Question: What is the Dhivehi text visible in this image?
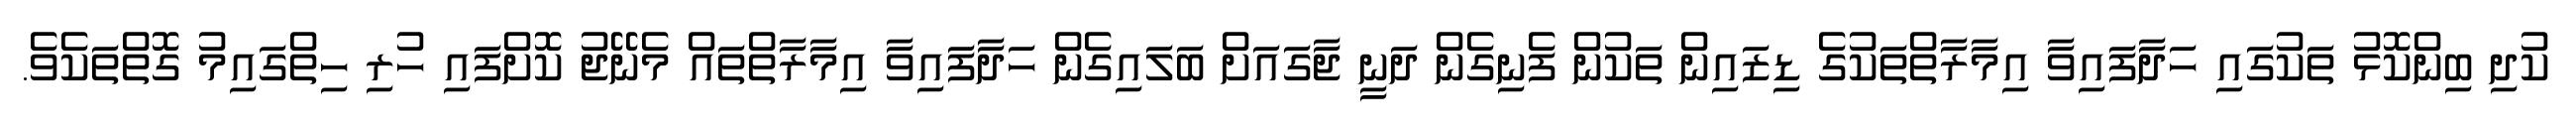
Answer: ކުދި ބިންކޮޅު ތަކުގައި ހަދާފައިވާ އިމާރާތްތަކުގެ ޑިޒައިން ތަކުން ފެނިގެން ދަނީ ޖާގައަށް ބަލައިގެން ހަދާފައިވާ އިމާރާތްތައް މެނޭޖު ކޮށްފައި ހުރި ހިތްގައިމު ގޮތްތަކެވެ.